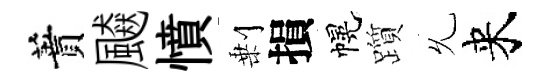
蕡飇憤剰損幌躓𠃔来